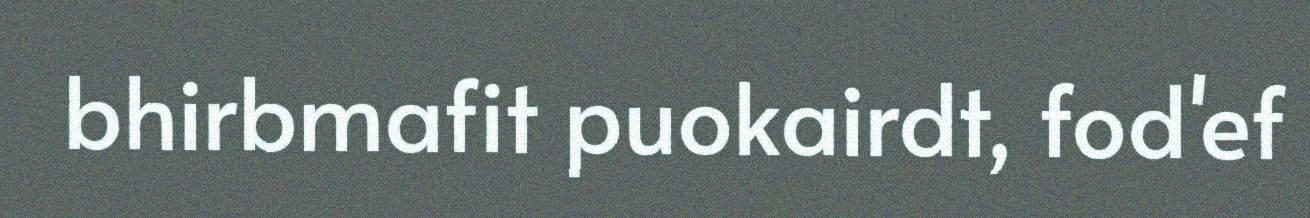
bhirbmafit puokairdt, fod'ef